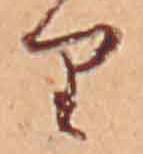
り